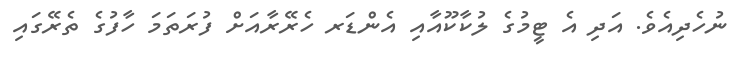
ނުހެދިއެވެ. އަދި އެ ޓީމުގެ ލުކާކޫއާއި އެންޑަރ ހެރޭރާއަށް ފުރަތަމަ ހާފުގެ ތެރޭގައި